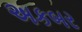
અકબર